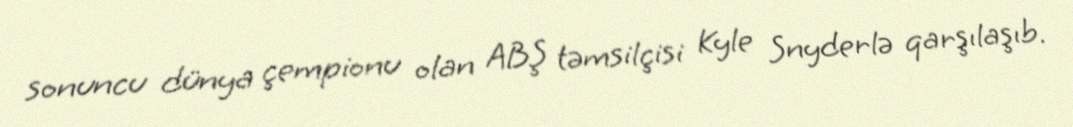
sonuncu dünya çempionu olan ABŞ təmsilçisi Kyle Snyderlə qarşılaşıb.